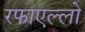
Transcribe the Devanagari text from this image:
रफाएल्लो